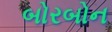
બોરબોન